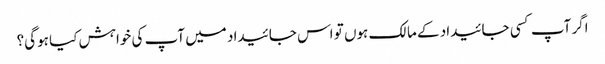
اگر آپ کسی جائیداد کے مالک ہوں تو اس جائیداد میں آپ کی خواہش کیا ہوگی؟